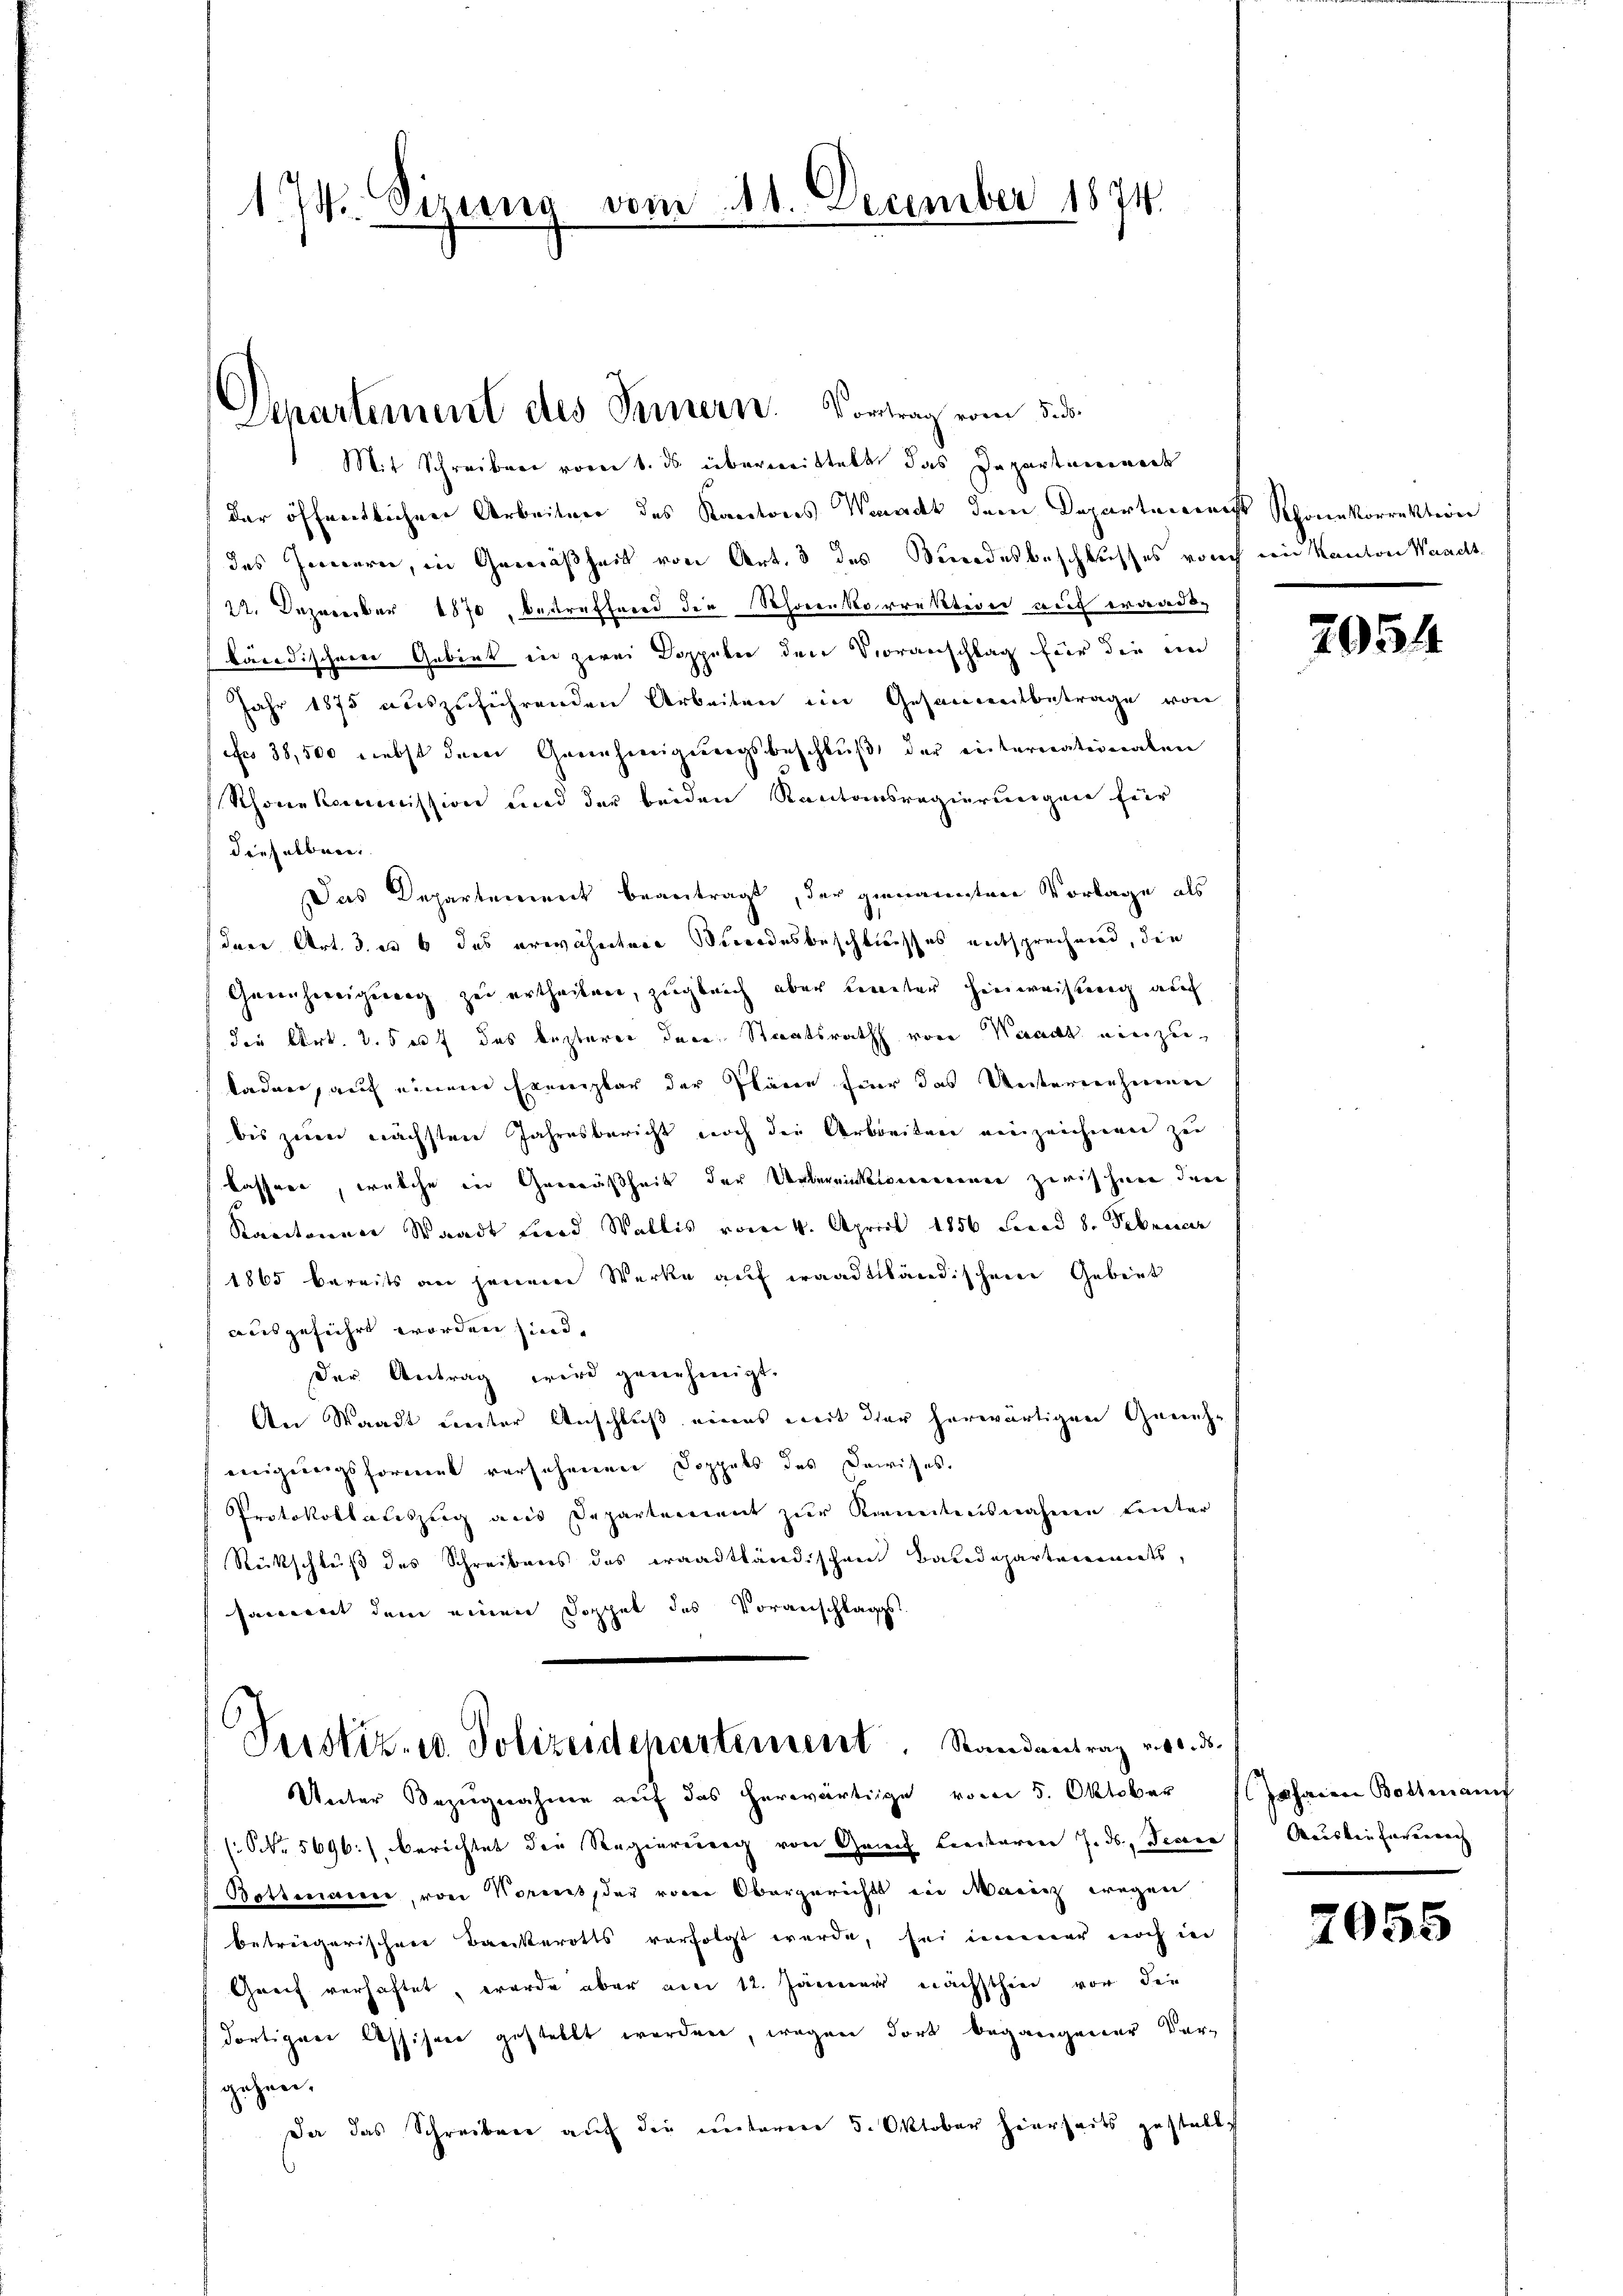
1. J. Sizung vom 11. December 1874.

der öffentlichere Arbeitner des Kantons Wenadt dem Departerreiss Rhonekorrektion
des Innern, in Gemäßheit von Art. 3 des Bundesbeschlusses von ein Kanton Waadt,
22. Dezember 1870, bestraffend die Schorenkorrektion auf waadt
bändischerer Gebiet in zwei Doppeler den Voranschlag für die ein
Jahr 1875 auszuführenden Arbeiten im Gesammtbetrage von
(No 38,500 nebst dem Genehmigŭngsbeschlŭβ der internationalen
Rhone kommission und der beiden Kantonsregierungen für
dieselbere
Das Departement beantragt, der genannten Vorlage als
dare Art. 3. es 6 das erwähntere Bundesbeschliesses entsprechend, die
Genehmigung zu ertheilen, zugleich aber hinter hinweisung auf
die Art. 2. 5 auf das kaplarer dere Staatsrath von Waadt einzukadere, auf einem Exemplar der Pläne hier das Unternehmen
bis zum nächsten Jahresbericht noch die Arbeiten einzeichnen zu
kasserer, welche in Gemäßheit der Verlegenkommenen zwischen den
Kacitanner Waadt und Wallis vom 4. April 1856 Lenad 8. Februcer
1865 bereits an jenem Werke auf waadtländischen Gebiet
ausgeführt worden sind,
der Antrag wird genehmigt.
An Staadt unter Anschluß eines mit der herwärtigen Geneheigungsforment versehenen Doppels des Darises,
Protokollateszug aus Departement zur Kenntnisnahme Leuter
Rückschluß des Schreibens das waadtländischen Baudepartements,
sament dem einen Doppel des Voranschlag

Separtement des Ternern. Vortrag vom 5. ds.
Mit Schreiben vom 6. ds überweittelt das Departemenade

Serstiz- u. Polizeidepartement. Randantrag vor. d.

Unter Bezŭgnahme aŭf das herwärtige vom 5. Oktober Johann Bottmanif
NNr. 5696), berichtet die Regierung von Griech Leiteren J. ds. Decane Auslieferen nach
Bottmanne, von Kornes, der von Obergericht ein Macenz wegen
betriegerischen Bankerotts verfolgt werde, sei immer noch in
Greif verhaftet, wurde aber am 12. Jänner nächsthin vor die
dortigen Assiseen gestellt werden, wegen dort begangener Ver-
gehen.
Da das Schreiben aŭf die ŭnteren 5. Oktober hierseits gestellt

7054

7055